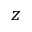
z